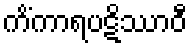
ကိံကာရပဋိဿာဝီ